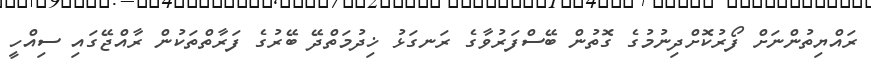
ރައްޔިތުންނަށް ފޯރުކޮށްދިނުމުގެ ގޮތުން ބޭސްފަރުވާގެ ރަނގަޅު ޚިދުމަތްދޭ ބޭރުގެ ފަރާތްތަކުން ރާއްޖޭގައި ސިއްހީ